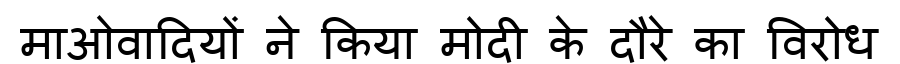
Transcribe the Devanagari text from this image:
माओवादियों ने किया मोदी के दौरे का विरोध